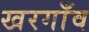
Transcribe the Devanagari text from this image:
खरगाँव